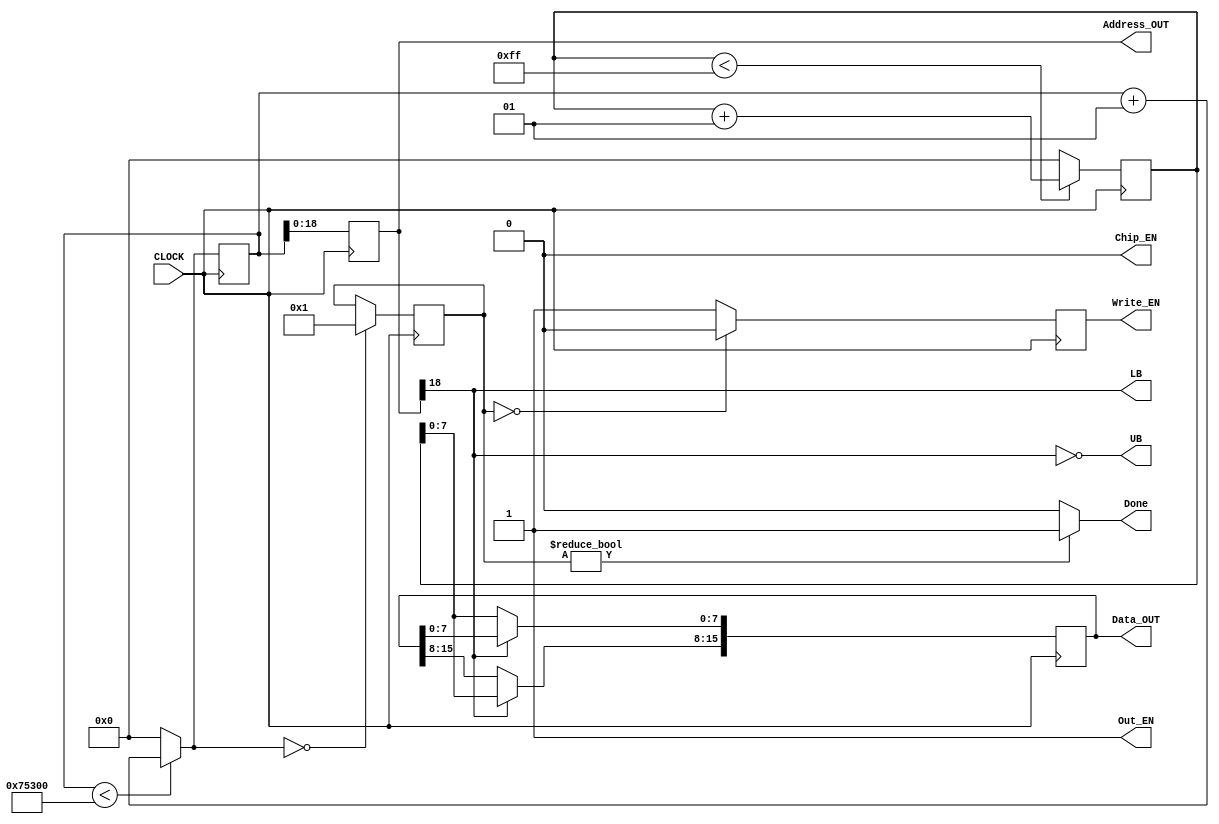
module Mem(Address_OUT, Data_OUT, Write_EN, Chip_EN, Out_EN, LB, UB, Done, CLOCK);
	input CLOCK;
	
	output reg [18:0] Address_OUT;
	output reg [15:0] Data_OUT;
	output reg Write_EN;
	output Chip_EN, Out_EN, LB, UB, Done;
	
	assign LB = Address_OUT[18];
	assign UB = !Address_OUT[18];
	
	assign Chip_EN = 0;
	assign Out_EN = 1;
	
	integer	stop = 0,
				Addr_index = 0,
				Data_index = 0;
	
	always @(posedge CLOCK)
	begin
		Write_EN = 1;
		Address_OUT = Addr_index;
		
		if(!LB) begin
			Data_OUT[7:0] = Data_index; end
		else begin
			Data_OUT[15:8] = Data_index; end
		
		Write_EN = (!stop) ? 0 : 1;
		Addr_index = (Addr_index < 480000) ? Addr_index + 1 : 0;
		Data_index = (Data_index < 255) ? Data_index + 1 : 0;
		stop = (Addr_index == 0) ? 1 : stop;
	end
	
	assign Done = stop ? 1 : 0;
	
endmodule